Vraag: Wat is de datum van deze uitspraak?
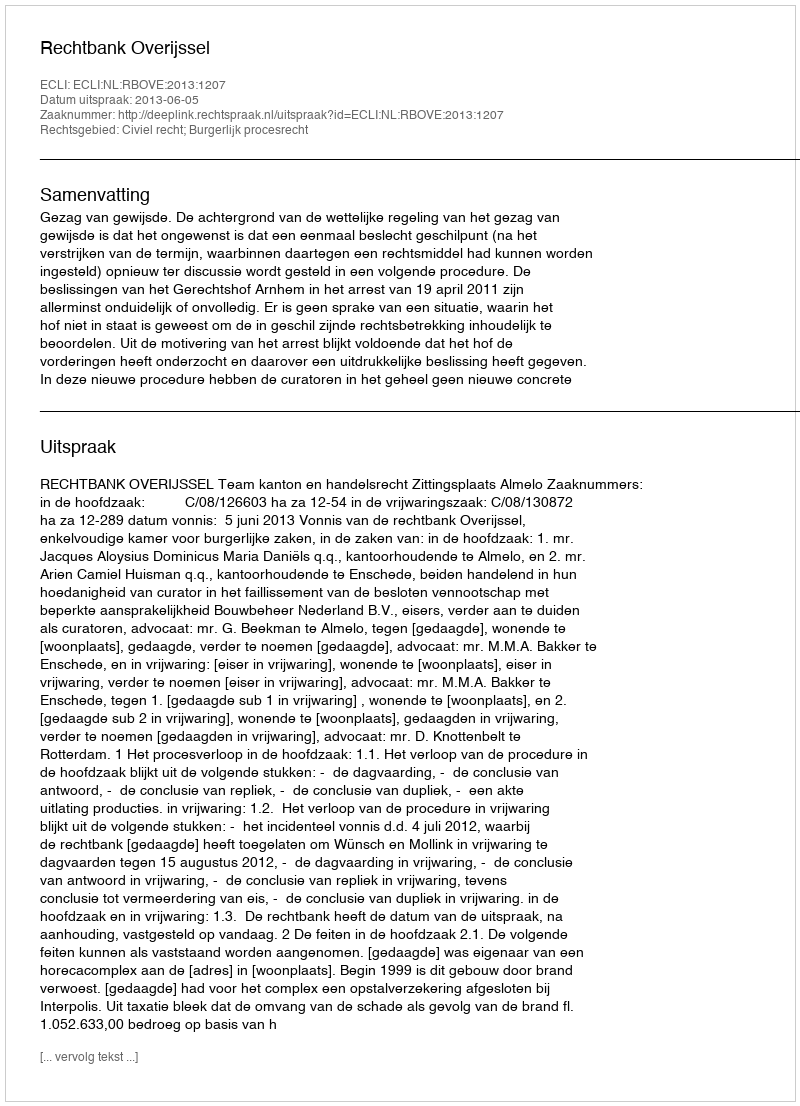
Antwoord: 2013-06-05